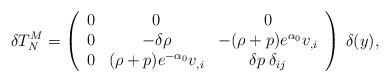
\begin{align*}\delta T^M_N = \left(\begin{array}{ccc}0 & 0 & 0 \\0 & -\delta \rho & -(\rho+p)e^{\alpha_0} v_{,i} \\0 & (\rho+p) e^{- \alpha_0} v_{,i} & \delta p \: \delta_{ij}\\\end{array}\right) \: \delta (y),\end{align*}